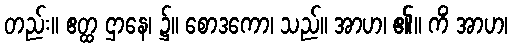
တည်း။ ဧတ္ထ ဌာနေ၊ ၌။ စောဒကော၊ သည်။ အာဟ၊ ၏။ ကိံ အာဟ၊